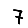
Digit: 7